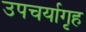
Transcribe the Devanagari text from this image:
उपचर्यागृह